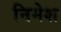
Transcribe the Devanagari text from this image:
निमेश